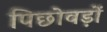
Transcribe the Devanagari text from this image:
पिछोवड़ों